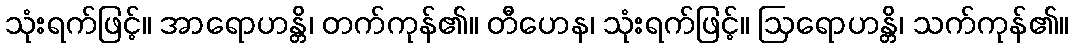
သုံးရက်ဖြင့်။ အာရောဟန္တိ၊ တက်ကုန်၏။ တီဟေန၊ သုံးရက်ဖြင့်။ ဩရောဟန္တိ၊ သက်ကုန်၏။